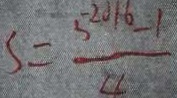
S = \frac { 5 ^ { - 2 0 1 6 } - 1 } { 4 }